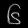
Digit: ၆